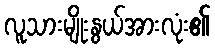
လူသားမျိုးနွယ်အားလုံး၏